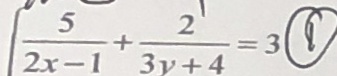
\frac { 5 } { 2 x - 1 } + \frac { 2 } { 3 y + 4 } = 3 \textcircled { 8 }